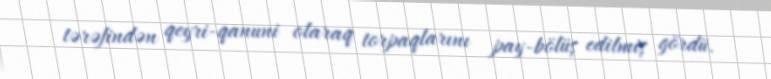
tərəfindən qeyri-qanuni olaraq torpaqlarını pay-bölüş edilmiş gördü.